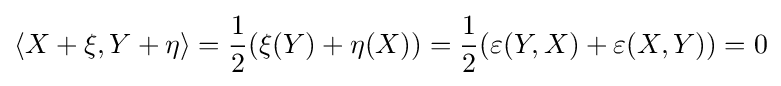
\langle X+\xi ,Y+\eta \rangle ={\frac {1}{2}}(\xi (Y)+\eta (X))={\frac {1}{2}}(\varepsilon (Y,X)+\varepsilon (X,Y))=0